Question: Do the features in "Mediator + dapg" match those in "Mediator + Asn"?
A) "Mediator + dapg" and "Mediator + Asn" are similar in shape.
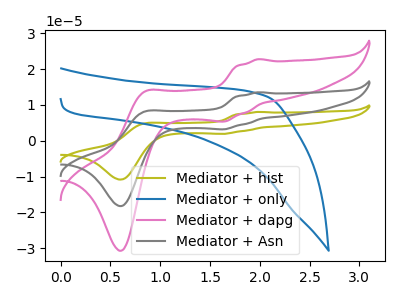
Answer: <think>The olive curve "Mediator + hist" has anodic peaks at (2.00V, 27.05uA) (0.85V, 16.25uA) and cathodic peaks at (1.65V, 6.35uA) (0.60V, -36.50uA). The blue curve "Mediator + only" has no peaks. The pink curve "Mediator + dapg" has anodic peaks at (2.00V, 22.75uA) (0.85V, 13.70uA) and cathodic peaks at (1.65V, 5.35uA) (0.60V, -30.70uA). The gray curve "Mediator + Asn" has anodic peaks at (2.00V, 13.50uA) (0.85V, 8.15uA) and cathodic peaks at (1.65V, 3.20uA) (0.60V, -18.25uA).
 All the peaks in "Mediator + dapg" have a peak in "Mediator + Asn" at the same potential.</think>
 <answer>A) "Mediator + dapg" and "Mediator + Asn" are similar in shape.</answer>
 <eval>A</eval>